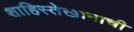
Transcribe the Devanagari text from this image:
शाहिस्तेखानाची